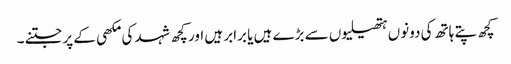
کچھ پتے ہاتھ کی دونوں ہتھیلیوں سے بڑے ہیں یا برابر ہیں اور کچھ شہد کی مکھی کے پر جتنے ۔